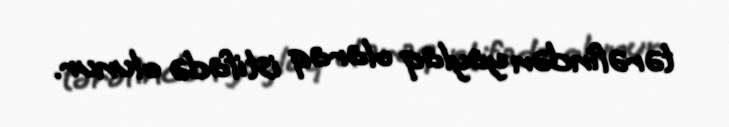
tərəfindən yaylaq olaraq istifadə olunur.